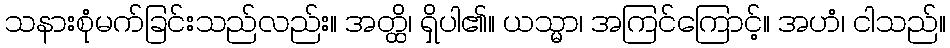
သနားစုံမက်ခြင်းသည်လည်း။ အတ္ထိ၊ ရှိပါ၏။ ယသ္မာ၊ အကြင်ကြောင့်။ အဟံ၊ ငါသည်။